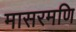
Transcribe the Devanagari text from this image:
मासरमणि